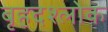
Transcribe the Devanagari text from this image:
बृहदश्लोक